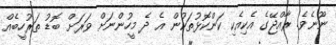
ނޫނެވެ. ރާއްޖޭގެ އެކިއެކި ކަންކޮޅުތަކުން އެ ދެ މީހުންނަށް ވަރަށް ބޮޑު ތަރުހީބެއް